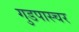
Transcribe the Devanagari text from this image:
गुडपास्चर